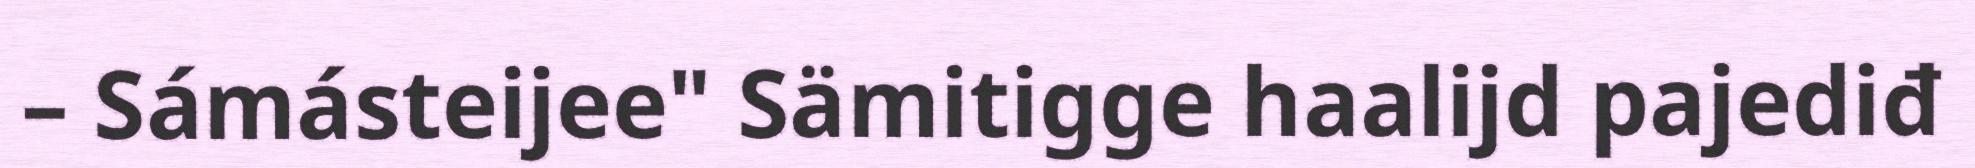
– Sámásteijee" Sämitigge haalijd pajediđ